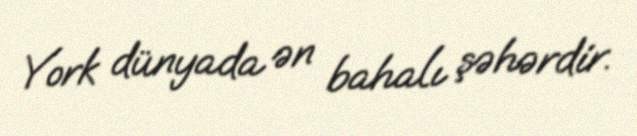
York dünyada ən bahalı şəhərdir.